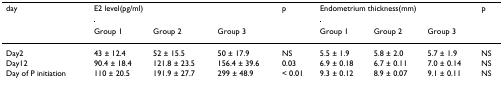
| day | <COLSPAN=3> E2 level(pg/ml) | p | <COLSPAN=3> Endometrium thickness(mm) | p |
 |  | Group 1 | Group 2 | Group 3 |  | Group 1 | Group 2 | Group 3 |  |
 | --- | --- | --- | --- | --- | --- | --- | --- | --- |
 | Day2 | 43 ± 12.4 | 52 ± 15.5 | 50 ± 17.9 | NS | 5.5 ± 1.9 | 5.8 ± 2.0 | 5.7 ± 1.9 | NS |
 | Day12 | 90.4 ± 18.4 | 121.8 ± 23.5 | 156.4 ± 39.6 | 0.03 | 6.9 ± 0.18 | 6.7 ± 0.11 | 7.0 ± 0.14 | NS |
 | Day of P initiation | 110 ± 20.5 | 191.9 ± 27.7 | 299 ± 48.9 | < 0.01 | 9.3 ± 0.12 | 8.9 ± 0.07 | 9.1 ± 0.11 | NS |